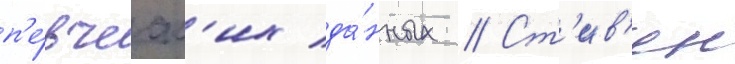
п'е́вческ'их да́нных // Ст'ив'ен